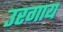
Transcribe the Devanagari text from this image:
उरगाय